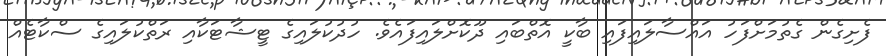
ފެށިގެން ގެތުމަށްފަހު އައްސާލައިފައި ބާކީ އޮތްބައި ދޫކޮށްލައިފައެވެ. ހުދުކުލައިގެ ޓީޝާޓަކާއި ރަތްކުލައިގެ ސްކާޓެއް